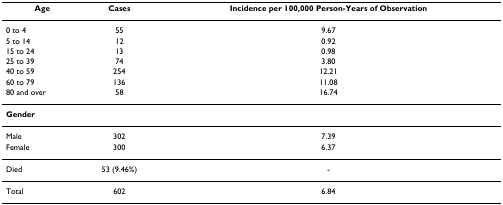
| Age | Cases | Incidence per 100,000 Person-Years of Observation |
 | --- | --- | --- |
 | 0 to 4 | 55 | 9.67 |
 | 5 to 14 | 12 | 0.92 |
 | 15 to 24 | 13 | 0.98 |
 | 25 to 39 | 74 | 3.80 |
 | 40 to 59 | 254 | 12.21 |
 | 60 to 79 | 136 | 11.08 |
 | 80 and over | 58 | 16.74 |
 | Gender |  |  |
 | Male | 302 | 7.39 |
 | Female | 300 | 6.37 |
 | Died | 53 (9.46%) | - |
 | Total | 602 | 6.84 |